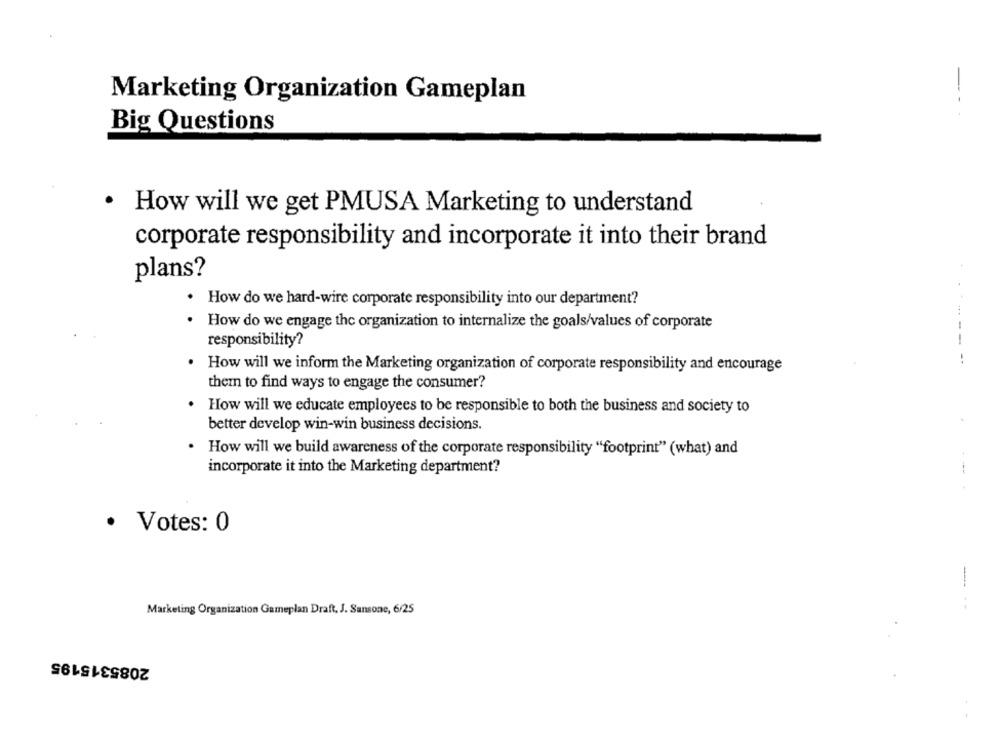
Marketing Organization Gameplan
--
Big Questions
.
How will we get PMUSA Marketing to understand
corporate responsibility and incorporate it into their brand
plans?
. How do we hard-wire corporate responsibility into our department?
. How do we engage the organization to internalize the goals/values of corporate
responsibility?
---
. How will we inform the Marketing organization of corporate responsibility and encourage
them to find ways to engage the consumer?
How will we educate employees to be responsible to both the business and society to
better develop win-win business decisions.
How will we build awareness of the corporate responsibility "footprint" (what) and
incorporate it into the Marketing department?
· Votes: 0
--
Marketing Organization Gameplan Draft, J. Sansone, 6/25
2085315195